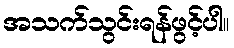
အသက်သွင်းရန်ဖွင့်ပါ။